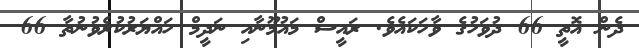
ދެން އޮތީ 66 ދުވަހުގެ ވާހަކައެވެ. ރައީސް މައުމޫނާއި ނަދީމް ހައްޔަރުކުރެވުނުތާ 66